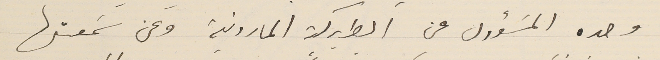
وحده المسَؤول عن البطريركية المارونية وعن سَمعتها